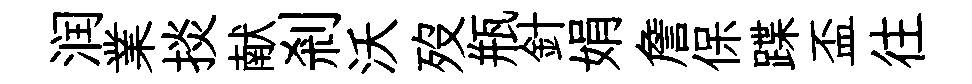
润業掞献剎沃歿瓶針娟詹保蹀盃往